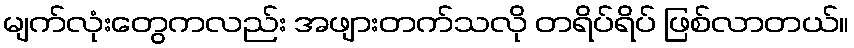
မျက်လုံးတွေကလည်း အဖျားတက်သလို တရိပ်ရိပ် ဖြစ်လာတယ်။